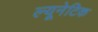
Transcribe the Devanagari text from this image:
ल्यूनेटिक